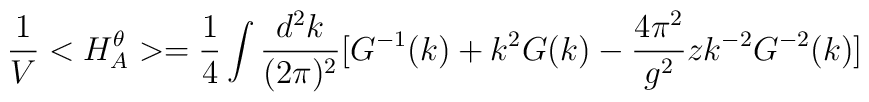
\frac{1}{V}<H_A^{\theta}>=\frac{1}{4} \int \frac{d^2 k}{(2\pi)^2}[G^{-1}(k) + k^2 G(k) -\frac{4\pi^2}{g^2} z k^{-2}G^{-2}(k)]